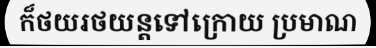
ក៏ថយរថយន្តទៅក្រោយ ប្រមាណ